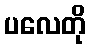
ပလေတို